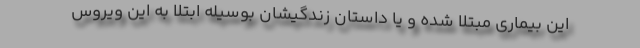
این بیماری مبتلا شده و یا داستان زندگیشان بوسیله ابتلا به این ویروس